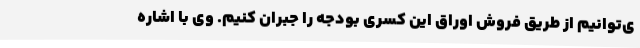
ی‌توانیم از طریق فروش اوراق این کسری بودجه را جبران کنیم. وی با اشاره